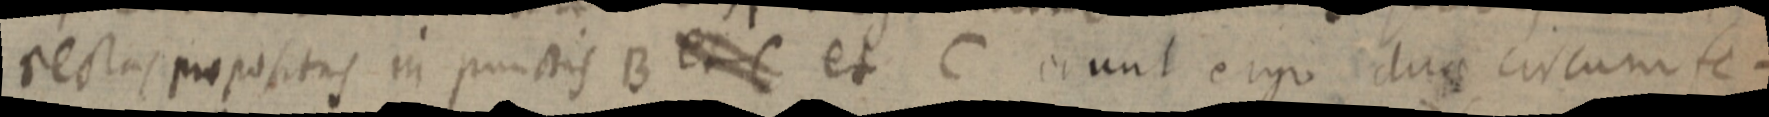
rectas propositis in punctis B et C et C erunt ergo duae circumfe